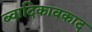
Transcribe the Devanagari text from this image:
ब्वादिकावकाद